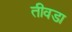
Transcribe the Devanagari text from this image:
तीवडा